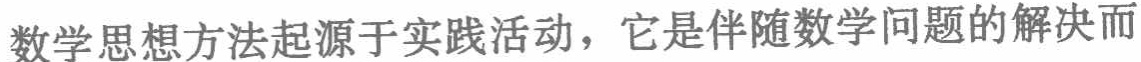
数学思想方法起源于实践活动，它是伴随数学问题的解决而